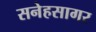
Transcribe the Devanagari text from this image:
सनेहसागर